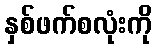
နှစ်ဖက်စလုံးကို